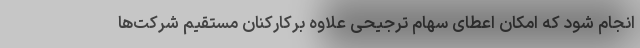
انجام شود که امکان اعطای سهام ترجیحی علاوه برکارکنان مستقیم شرکت‌ها